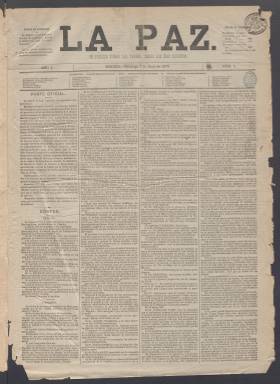
Título: La Paz (Madrid. 1876)
Colección: Periódicos
Ámbito geográfico: Madrid
Lugar de publicación: Madrid
Fechas: 07/05/1876-26/12/1876